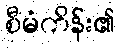
စီမံကိန်း၏